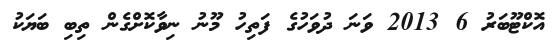
އޮކްޓޫބަރު 6 2013 ވަނަ ދުވަހުގެ ފަތިހު މޫނު ނިވާކޮށްގެން ތިބި ބަޔަކު